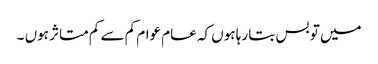
میں تو بس بتا رہا ہوں کہ عام عوام کم سے کم متاثر ہوں ۔